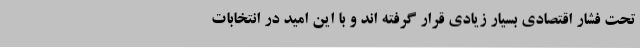
تحت فشار اقتصادی بسیار زیادی قرار گرفته اند و با این امید در انتخابات